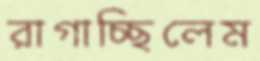
রাগাচ্ছিলেম